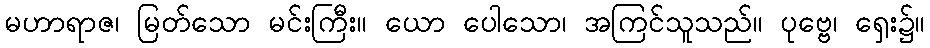
မဟာရာဇ၊ မြတ်သော မင်းကြီး။ ယော ပေါသော၊ အကြင်သူသည်။ ပုဗ္ဗေ၊ ရှေး၌။